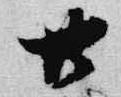
廿